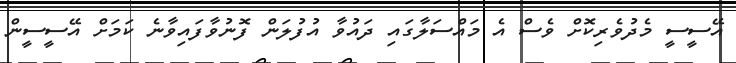
އޭސީސީ މެދުވެރިކޮށް ވެސް އެ މައްސަލާގައި ދައުވާ އުފުލަން ފޮނުވާފައިވާނެ ކަމަށް އޭސީސީން